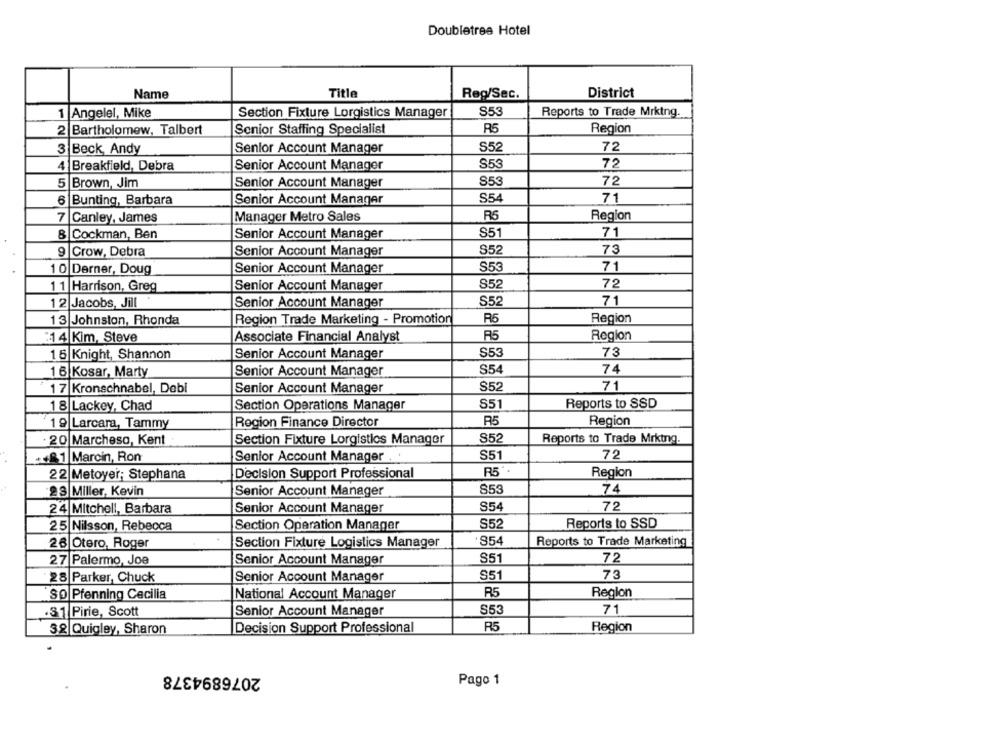
Doubletree Hotel
Name
Title
Reg/Sec.
District
853
1
Angelel, Mike
Section Fixture Lorgistics Manager
Reports to Trade Mrking.
2
Bartholomew, Talbert
Senior Staffing Specialist
R5
Region
Senior Account Manager
S52
72
3 Beck Andy
S53
72
Breakfield, Debra
Senior Account Manager
Brown, Jim
Senior Account Manager
853
72
Bunting, Barbara
Senior Account Manager
S54
71
RS
Region
7 Canley, James
Manager Metro Sales
8 Cockman, Ben
Senior Account Manager
S51
71
9
Crow, Debra
Senior Account Manager
852
73
S53
71
10 Derner, Doug
Senior Account Manager
11 Harrison, Greg
Senior Account Manager
852
72
12 Jacobs, Jill
Senior Account Manager
S52
71
13 Johnston, Rhonda
Region Trade Marketing - Promotion
R6
Region
14 Kim, Steve
Associate Financial Analyst
R5
Region
15 Knight, Shannon
Senior Account Manager
S53
73
16 Kosar, Marty
S54
74
Senior Account Manager
71
17 Kronschnabel, Debi
Senior Account Manager
S52
18 Lackey, Chad
Section Operations Manager
S51
Reports to SSD
19 Larcara, Tammy
Region Finance Director
R5
Region
20 Marcheso, Kent
Section Fixture Lorgistics Manager
852
Reports to Trade Mrking.
+1.81 Marcin, Ron
Senior Account Manager
S51
72
Decision Support Professional
R5
Region
22 Metoyer; Stephana
853
74
23 Miller, Kevin
Senior Account Manager
24 Mitchell, Barbara
Senior Account Manager
S54
72
25 Nilsson, Rebecca
Section Operation Manager
S52
Reports to SSD
854
Reports to Trade Marketing
26 Otero, Roger
Section Fixture Logistics Manager
27 Palermo, Joe
Senior Account Manager
S51
72
28 Parker, Chuck
Senior Account Manager
S51
73
R5
Region
SO Pfenning Cecilia
National Account Manager
31 Pirie, Scott
Senior Account Manager
S53
71
3.2 Quigley, Sharon
Decision Support Professional
R5
Region
2076894378
Pago 1